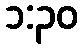
၁:၃၀